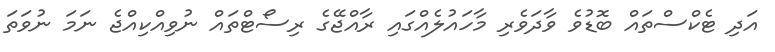
އަދި ޓެކްސްތައް ބޮޑުވެ ވާދަވެރި މާހައުލެއްގައި ރާއްޖޭގެ ރިސޯޓްތައް ނުވިއްކިއްޖެ ނަމަ ނުވަތަ